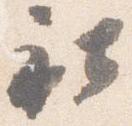
社